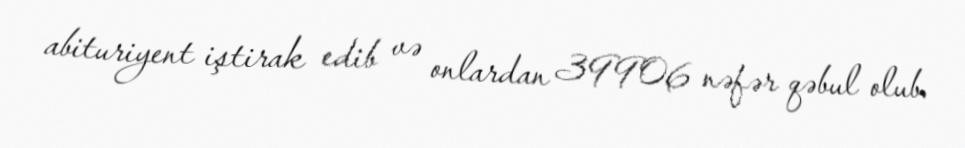
abituriyent iştirak edib və onlardan 39906 nəfər qəbul olub.